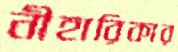
নীহারিকার